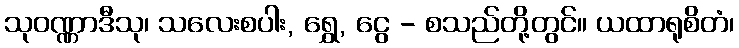
သုဝဏ္ဏာဒီသု၊ သလေးစပါး, ရွှေ, ငွေ - စသည်တို့တွင်။ ယထာရုစိတံ၊